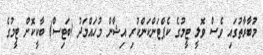
މުބާރާތުގައި ވެސް ވޮލީ ޓީމުގެ ކެޕްޓަންކަންކުރި އިޝާން މުހައްމަދު (ބަޓިސް) ބާކީކޮށް ޓީމުގެ